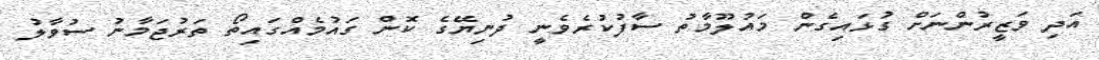
އަދި ވަޒީރުންނަށް ގުޅައިގެން މައުލޫމާތު ސާފުކުރެވެނީ ދުނިޔޭގެ ކޮން ގައުމެއްގައިތޯ ތަރުޖަމާނު ސުވާލު